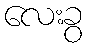
လေးခွ